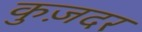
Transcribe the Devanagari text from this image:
कुज़दर